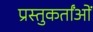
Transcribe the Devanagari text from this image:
प्रस्तुकर्तांओं